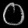
Digit: ၀